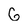
Character: G